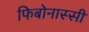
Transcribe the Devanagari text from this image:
फिबोनास्सी